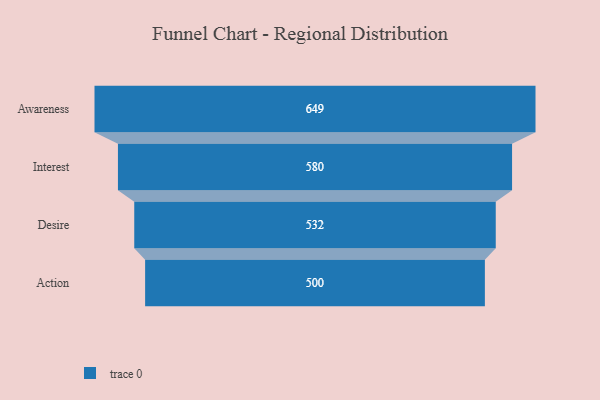
{"axis": {"x": "Stage", "y": "Value"}, "legend": [""], "data": [{"x": "Awareness", "y": 649.0, "type": ""}, {"x": "Interest", "y": 580.0, "type": ""}, {"x": "Desire", "y": 532.0, "type": ""}, {"x": "Action", "y": 500, "type": ""}]}